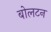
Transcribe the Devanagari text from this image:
बोलटन